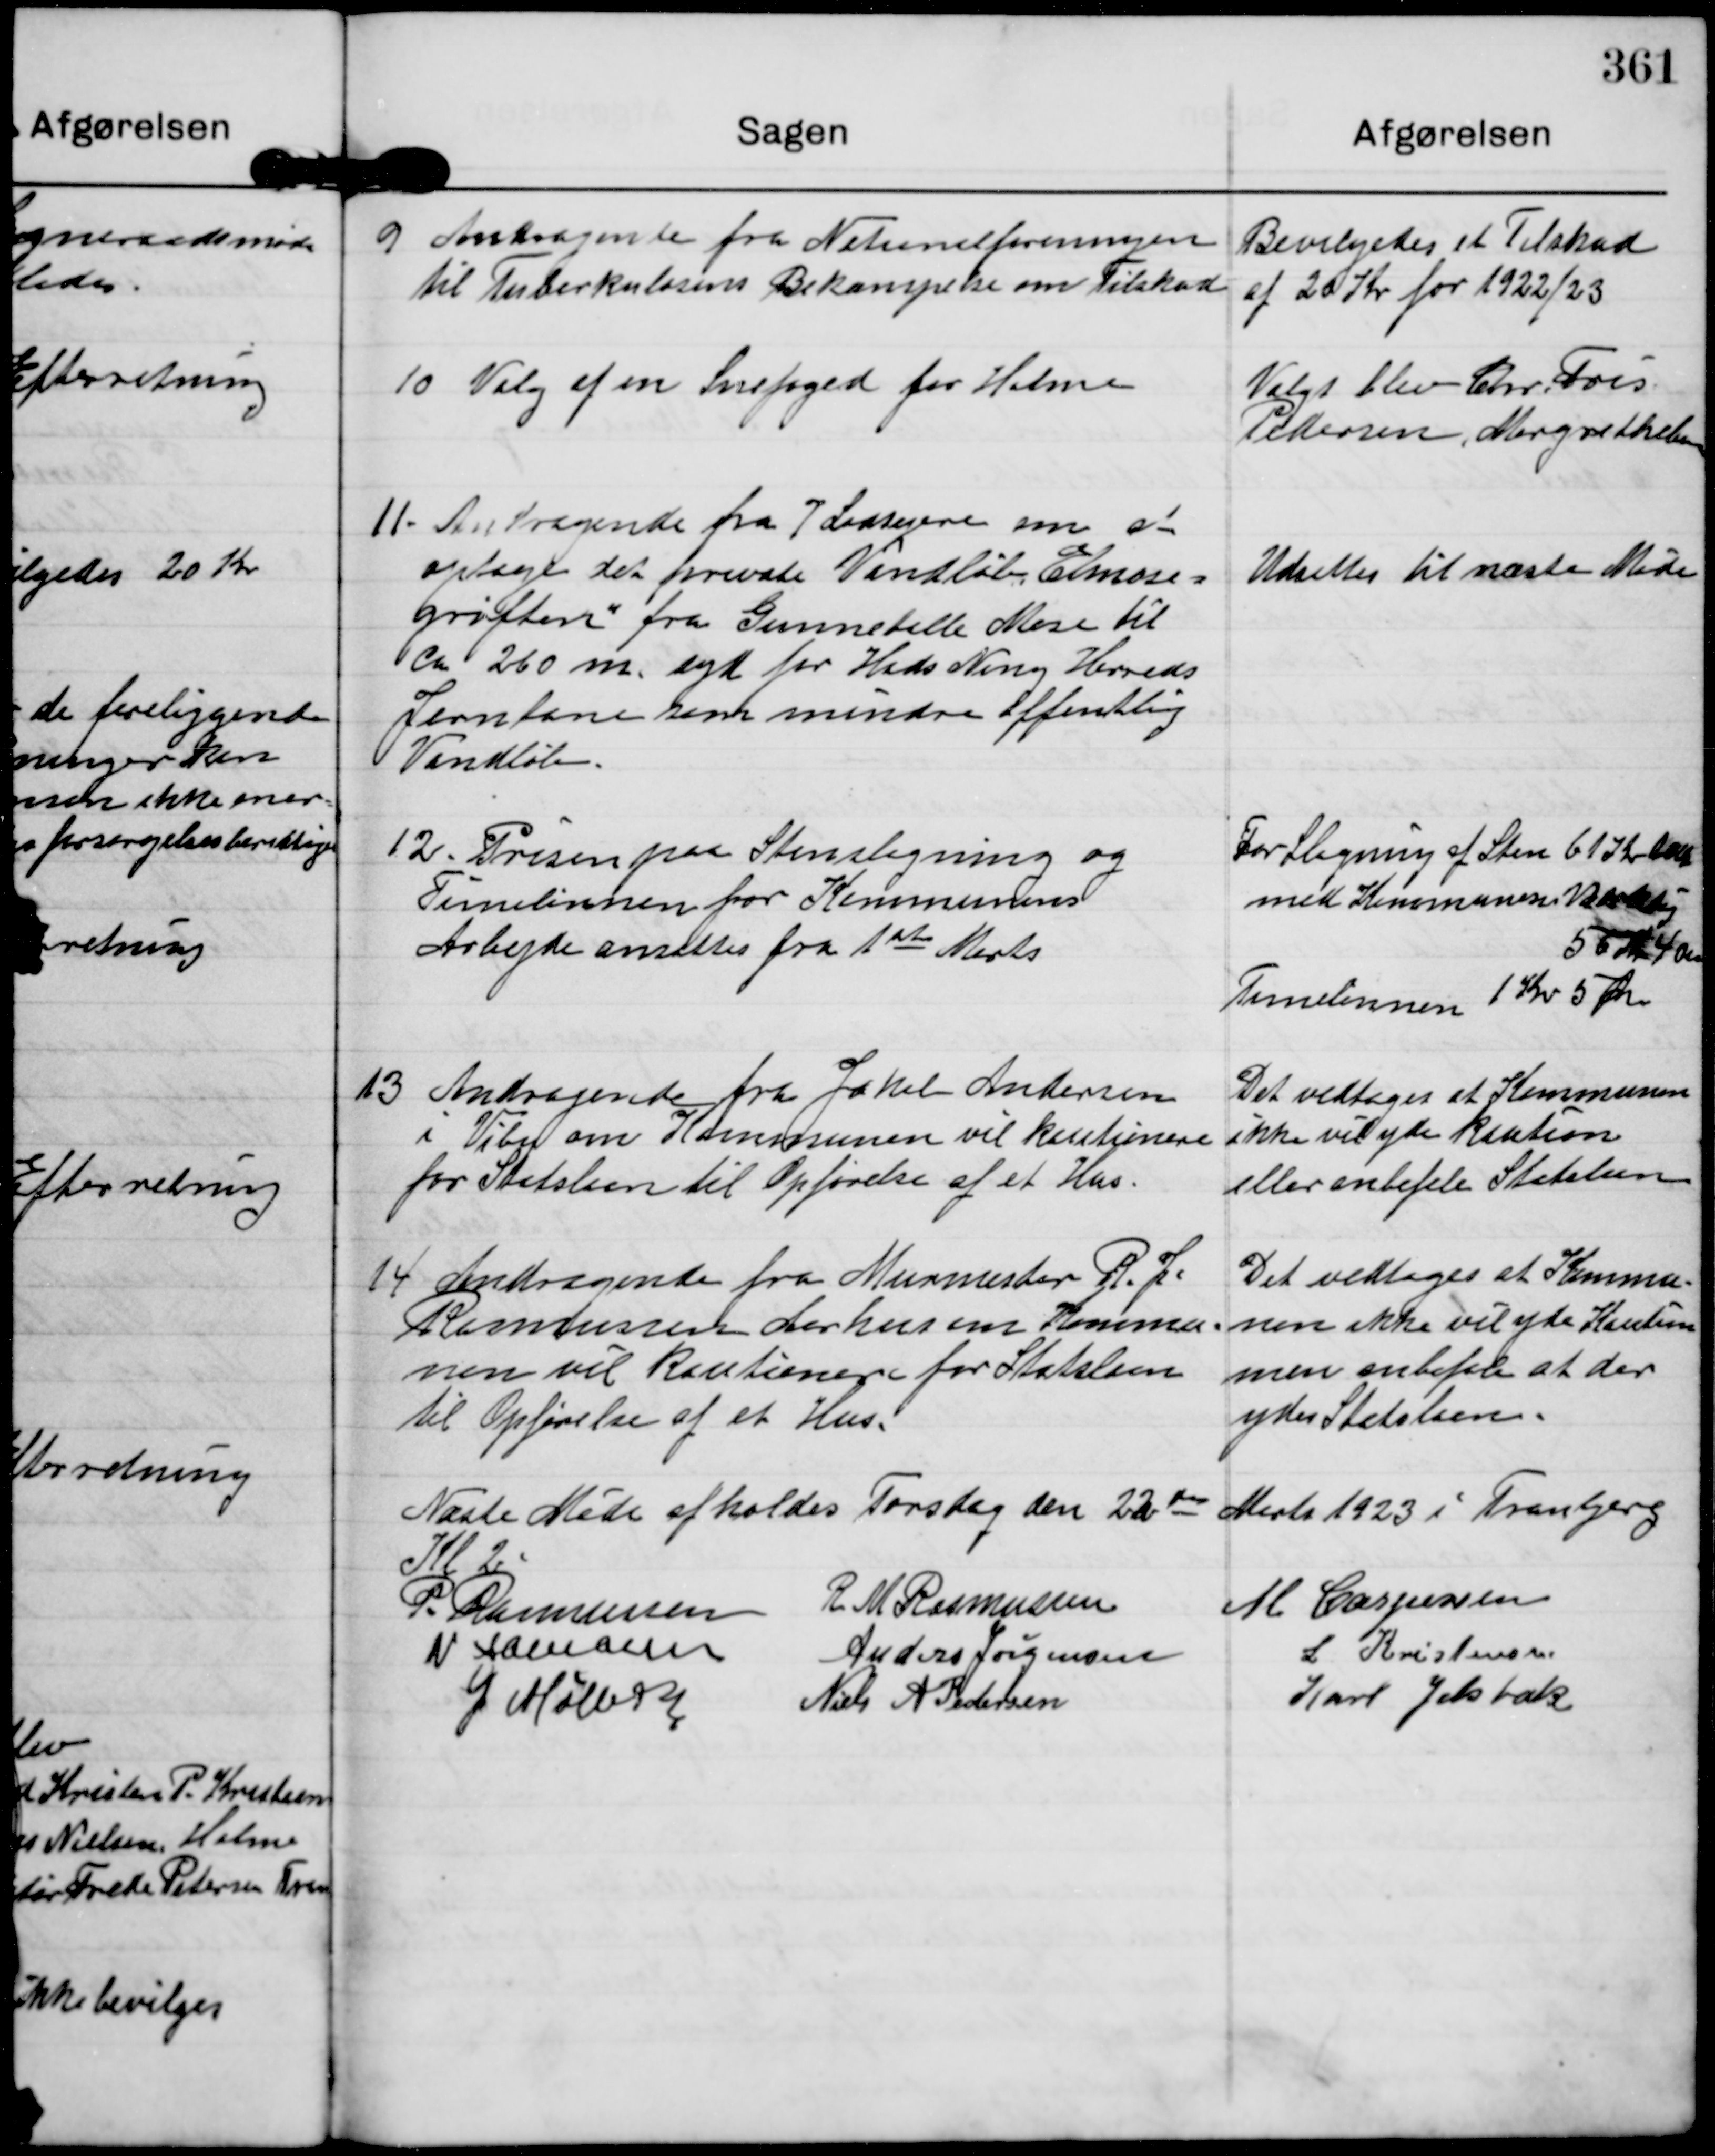
Transskription:
9 Andragende fra Nationalforeningen
til Tuberkulosens Bekæmpelse om Tilskud

Bevilgedes et Tilskud
af 20 Kr for 1922/23

10 Valg af en Snefoged for Holme

Valgt blev Chr. Fris
Pedersen, Margrethelund

11. Andragende fra 7 Lodsejere om at
optage det private Vandløb, Elmose-
grøften fra Gunnelille Mose til
ca 260 m. syd for Hads Ning Herreds
Jernbane som mindre offentlig
Vandløb.

Udsattes til næste Møde

12. Prisen paa Stenslagning og
Timelønnen for Kommunens
Arbejde ansættes fra 1ste Marts

For Slagning af Sten 61 Kr 2 Ør
med Kommunens Værktøj
56 Kr 40 Ør
Timelønnen 1 Kr 5 Ør

13 Andragende fra Jakel Andersen
i Viby om Kommunen vil kautionere
for Statslaan til Opførelse af et Hus.

Det vedtoges at Kommunen
ikke vil yde kaution
eller anbefale Statslaan

14 Andragende fra Murmester R. J.
Rasmussen Aarhus om Kommu-
nen vil Kautionere for Statslaan
til Opførelse af et Hus.

Det vedtoges at Kommu-
nen ikke vil yde Kaution
men anbefale at der
ydes Statslaan.

Næste Møde afholdes Torsdag den 22de Marts 1923 i Tranbjerg
Kl 2

P. Rasmussen
R. M Rasmussen
M Caspersen

N Hamann
Anders Jørgensen
L Kristensen

G Møller
Niels A Pedersen
Karl Jelsbak